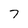
Character: 7